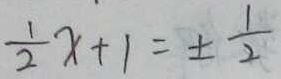
\frac { 1 } { 2 } x + 1 = \pm \frac { 1 } { 2 }